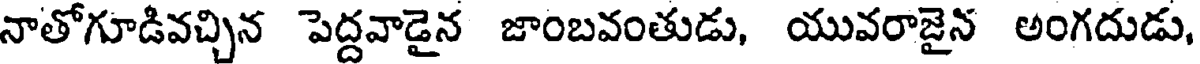
నాతోగూడివచ్చిన పెద్దవాడైన జాంబవంతుడు, యువరాజైన అంగదుడు,